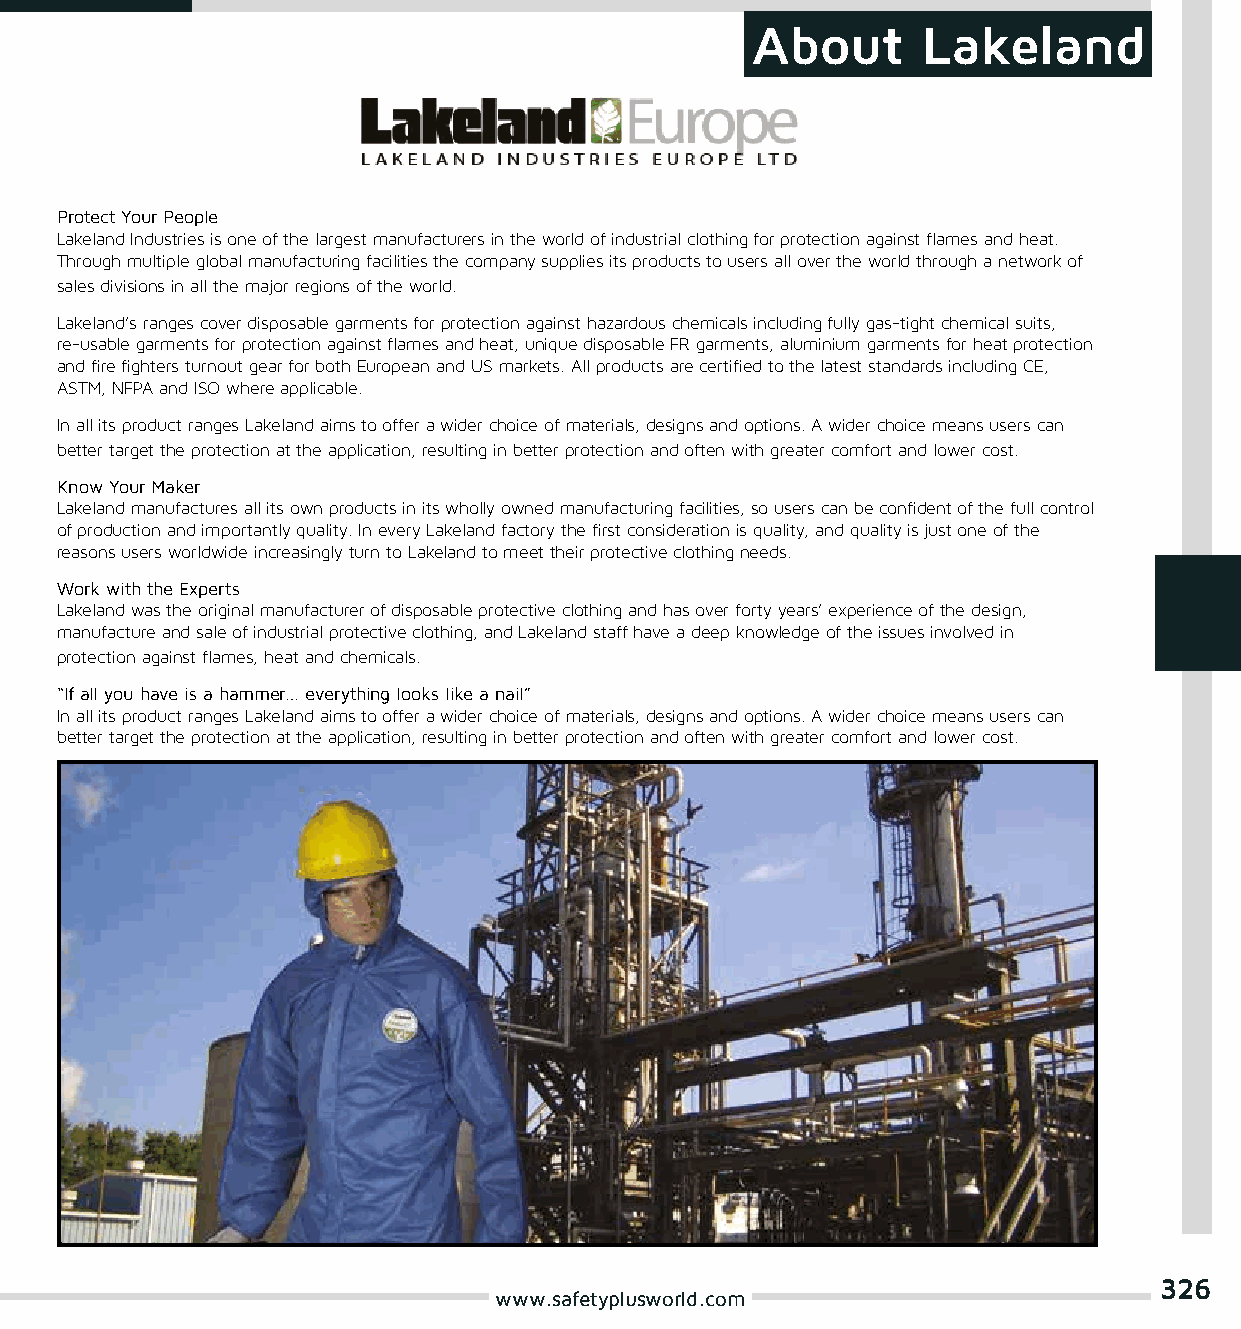
About      Lakeland
 Protect Your People
 Lakeland Industries is one of the largest manufacturers in the world of industrial clothing for protection against flames and heat.
 Through multiple global manufacturing facilities the company supplies its products to users all over the world through a network of
 sales divisions in all the major regions of the world.
 Lakeland’s ranges cover disposable garments for protection against hazardous chemicals including fully gas-tight chemical suits,
 re-usable garments for protection against flames and heat, unique disposable FR garments, aluminium garments for heat protection
 and fire fighters turnout gear for both European and US markets. All products are certified to the latest standards including CE,
 ASTM, NFPA and ISO where applicable.
 In all its product ranges Lakeland aims to offer a wider choice of materials, designs and options. A wider choice means users can
 better target the protection at the application, resulting in better protection and often with greater comfort and lower cost.
 Know Your Maker
 Lakeland manufactures all its own products in its wholly owned manufacturing facilities, so users can be confident of the full control
 of production and importantly quality. In every Lakeland factory the first consideration is quality, and quality is just one of the
 reasons users worldwide increasingly turn to Lakeland to meet their protective clothing needs.
 Work with the Experts
 Lakeland was the original manufacturer of disposable protective clothing and has over forty years’ experience of the design,
 manufacture and sale of industrial protective clothing, and Lakeland staff have a deep knowledge of the issues involved in
 protection against flames, heat and chemicals.
 “If all you have is a hammer… everything looks like a nail”
 In all its product ranges Lakeland aims to offer a wider choice of materials, designs and options. A wider choice means users can
 better target the protection at the application, resulting in better protection and often with greater comfort and lower cost.
 326
 www.safetyplusworld.com